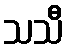
သသီ